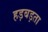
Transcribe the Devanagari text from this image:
हड़बड़ता